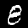
Label: 8